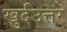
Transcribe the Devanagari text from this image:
खुर्दउत्तर